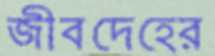
জীবদেহের